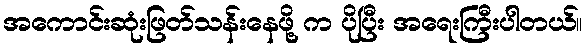
အကောင်းဆုံးဖြတ်သန်းနေဖို့ က ပိုပြီး အရေးကြီးပါတယ်။